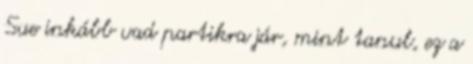
Sue inkább vad partikra jár, mint tanul, ez a